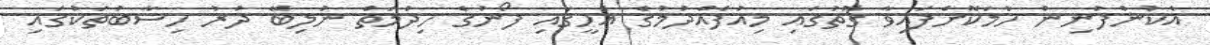
އެކުންފުނިން ހާމަކޮށްފައިވާ ގޮތުގައި މިއުފެއްދުމުގެ އެހީގައި ފޯނުގެ ހިދުމަތް ނުލިބޭ ދުރު ހިސާބުތަކުގައި